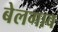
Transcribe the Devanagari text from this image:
बेलगाव